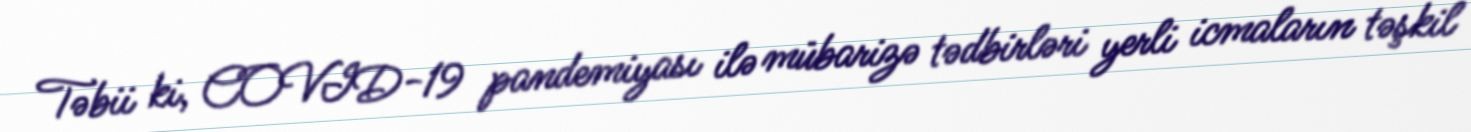
Təbii ki, COVID-19 pandemiyası ilə mübarizə tədbirləri yerli icmaların təşkil